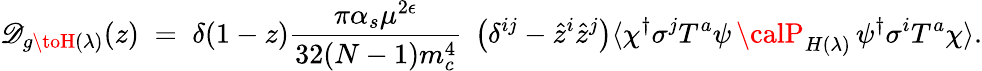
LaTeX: \mathscr{D}_{g\toH(\lambda)}(z)\; =\; \delta(1-z){\frac{{\pi\alpha_{s}\mu^{2\epsilon}}}{{32(N-1)m_{c}^{4}}}}\; \left(\delta^{ij}-{\hat{{z}}}^{i}{\hat{{z}}}^{j}\right)\langle\chi^{\dagger}\sigma^{j}T^{a}\psi\, {\calP}_{H(\lambda)}\, \psi^{\dagger}\sigma^{i}T^{a}\chi\rangle.